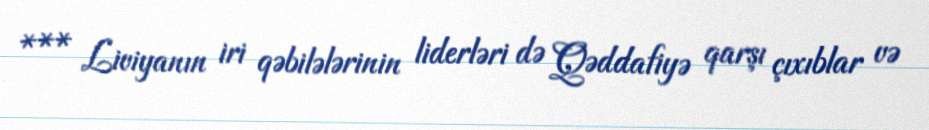
*** Liviyanın iri qəbilələrinin liderləri də Qəddafiyə qarşı çıxıblar və